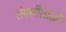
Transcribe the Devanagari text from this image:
संपत्तीसाठी